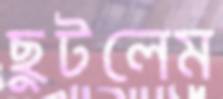
ছুটলেম